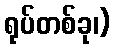
ရုပ်တစ်ခု၊)